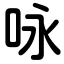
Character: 咏